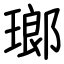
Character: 瑯